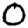
Digit: 0